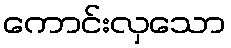
ကောင်းလှသော